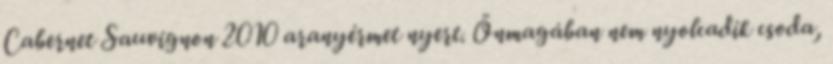
Cabernet Sauvignon 2010 aranyérmet nyert. Önmagában nem nyolcadik csoda,